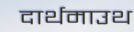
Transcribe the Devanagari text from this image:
दार्थमाउथ